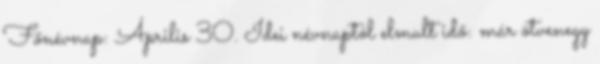
Főnévnap: Április 30. Idei névnaptól elmult idő: már ötvenegy